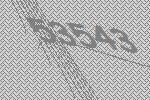
53543